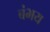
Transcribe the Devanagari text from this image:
बंभय